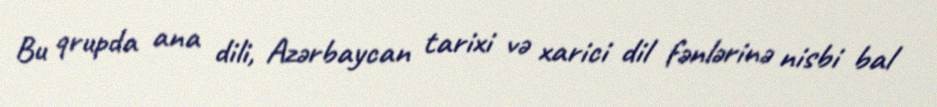
Bu qrupda ana dili, Azərbaycan tarixi və xarici dil fənlərinə nisbi bal